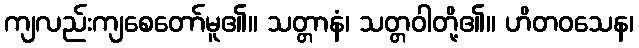
ကျလည်းကျစေတော်မူ၏။ သတ္တာနံ၊ သတ္တဝါတို့၏။ ဟိတဝသေန၊